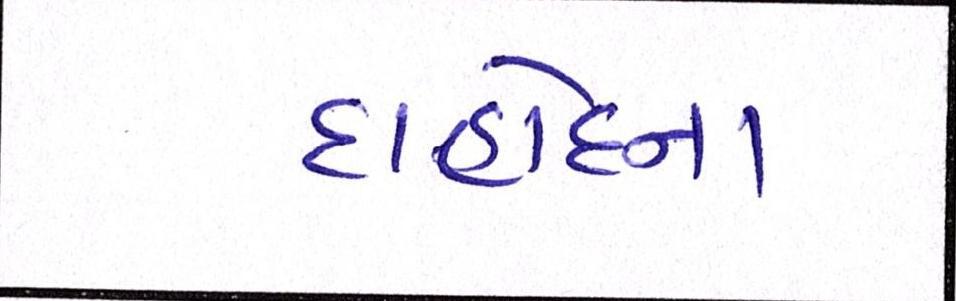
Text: દાહોદના